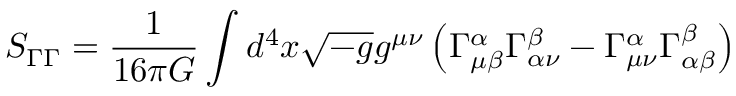
S _ { \Gamma \Gamma } = \frac { 1 } { 1 6 \pi G } \int d ^ { 4 } x \sqrt { - g } g ^ { \mu \nu } \left( \Gamma _ { \mu \beta } ^ { \alpha } \Gamma _ { \alpha \nu } ^ { \beta } - \Gamma _ { \mu \nu } ^ { \alpha } \Gamma _ { \alpha \beta } ^ { \beta } \right)